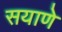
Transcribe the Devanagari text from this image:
सयाणे